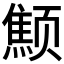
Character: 𱂻